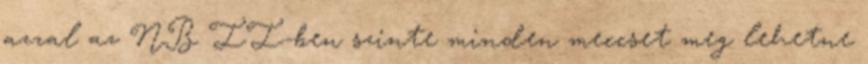
azzal az NB II-ben szinte minden meccset meg lehetne